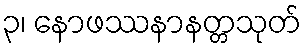
၃၊ နောဖဿနာနတ္တသုတ်